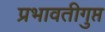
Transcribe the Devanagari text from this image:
प्रभावतीगुप्त